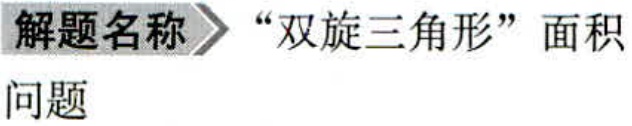
解题名称 “双旋三角形” 面积
问题